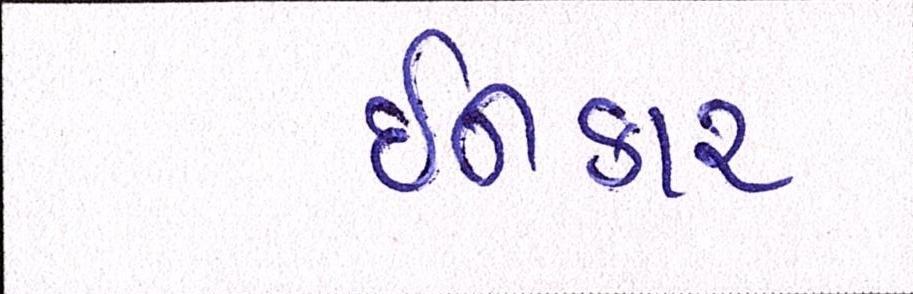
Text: ઈનકાર